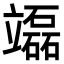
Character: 𥫌